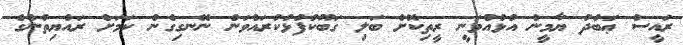
ރައީސް ޢަބްދު ޔާމީން އުޅުއްވަނީ ރީތިކޮށް ބަލި ގަބޫކުފުޅުކުރައްވަން ނޭނގިގެން ކަމަށް ރައްޔިތުންގެ